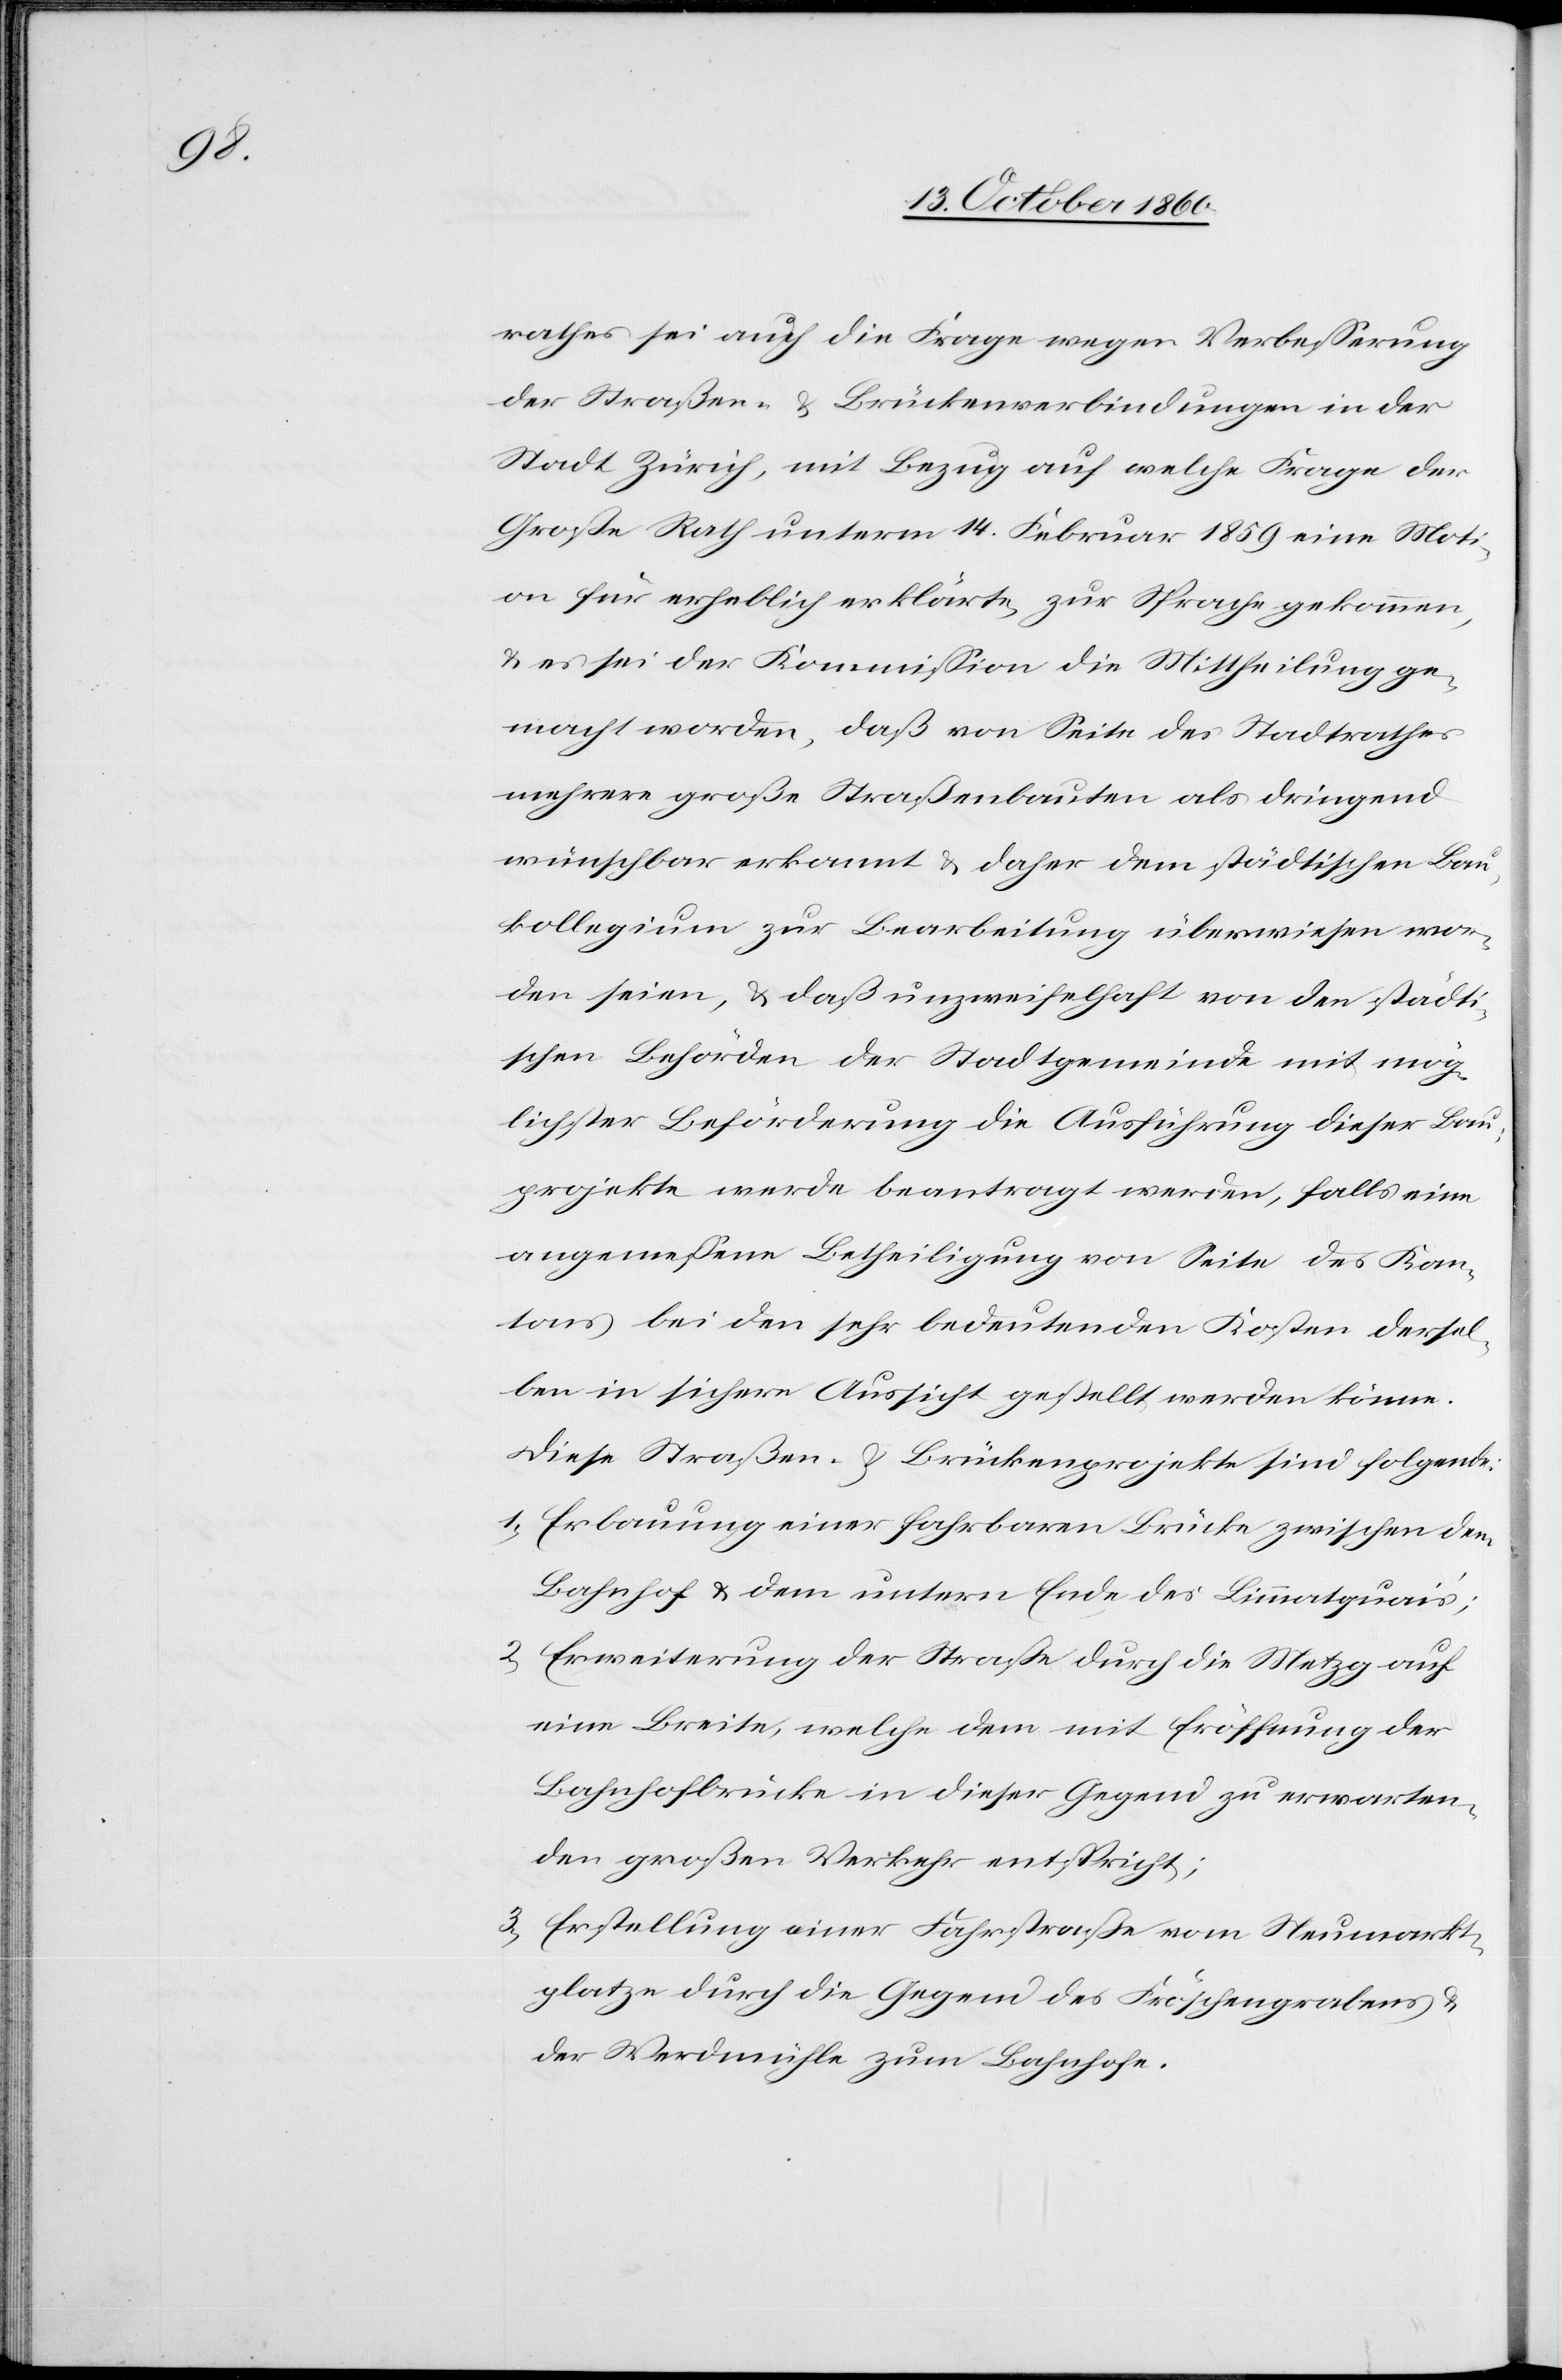
rathes sei auch die Frage wegen Verbesserung
der Straßen. u. Brückenverbindungen in der
Stadt Zürich, mit Bezug auf welche Frage der
Große Rath unterm 14. Februar 1859 eine Moti¬
on für erheblich erklärte, zur Sprache gekommen,
u. es sei der Kommission die Mittheilung ge¬
macht worden, daß von Seite des Stadtrathes
mehrere große Straßenbauten als dringend
wünschbar erkannt u. daher dem städtischen Bau¬
kollegium zur Bearbeitung überwiesen wor¬
den seien, u. daß unzweifelhaft von den städti¬
schen Behörden der Stadtgemeinde mit mög¬
lichster Beförderung die Ausführung dieser Bau¬
projekte werde beantragt werden, falls eine
angemessene Betheiligung von Seite des Kan¬
tons bei den sehr bedeutenden Kosten dersel¬
ben in sichere Aussicht gestellt werden könne.
Diese Straßen- u. Brückenprojekte sind folgende:
1) Erbauung einer fahrbaren Brücke zwischen dem
Bahnhof u. dem untern Ende des Limmatquiai’s;
2) Erweiterung der Straße durch die Metzg auf
eine Breite, welche dem mit Eröffnung der
Bahnhofbrücke in dieser Gegend zu erwarten¬
den großen Verkehr entspricht;
3) Erstellung einer Fahrstraße vom Neumarkt¬
platze durch die Gegen des Fröschengrabens u.
der Windmühle zum Bahnhofe.